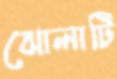
ঝোলাটি